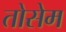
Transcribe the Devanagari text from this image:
तोसेम